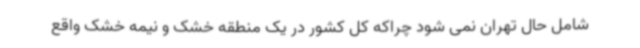
شامل حال تهران نمی شود چراکه کل کشور در یک منطقه خشک و نیمه خشک واقع